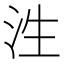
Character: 泩